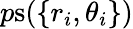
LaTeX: p\mathrm{s}(\{ r_{i},\theta_{i}\} )